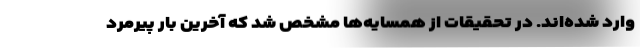
وارد شده‌اند. در تحقیقات از همسایه‌ها مشخص شد که آخرین بار پیرمرد